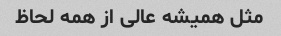
مثل همیشه عالی از همه لحاظ